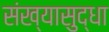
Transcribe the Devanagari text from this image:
संख्यासुद्धा